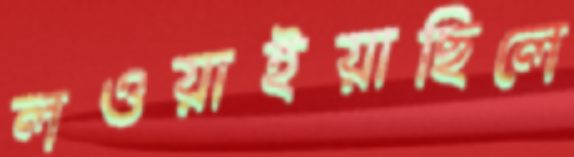
লওয়াইয়াছিলে